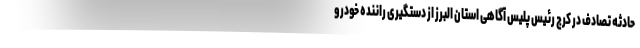
حادثه تصادف در کرج رئیس پلیس آگاهی استان البرز از دستگیری راننده خودرو